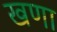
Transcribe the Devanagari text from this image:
खणा